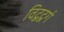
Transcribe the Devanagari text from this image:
विद्वद्वर्ग